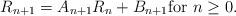
LaTeX: \begin{align*} R_{n+1} = A_{n+1}R_n+B_{n+1} \mbox{for }n \geq 0. \end{align*}